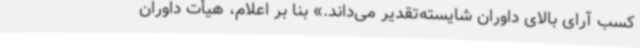
کسب آرای بالای داوران شایسته‌تقدیر می‌داند.» بنا بر اعلام، هیأت داوران